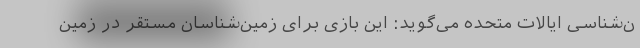
ن‌شناسی ایالات متحده می‌گوید: این بازی برای زمین‌شناسان مستقر در زمین